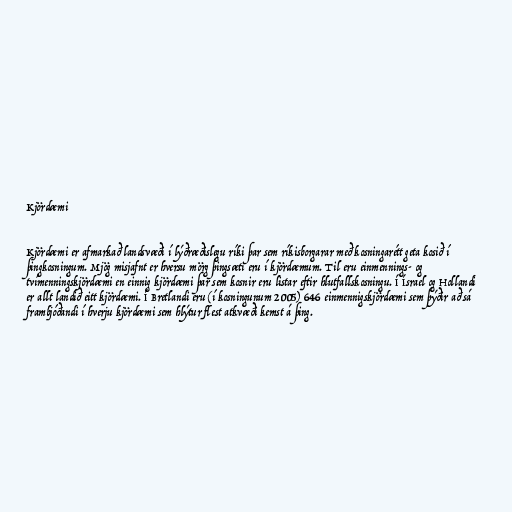
Kjördæmi

Kjördæmi er afmarkað landsvæði í lýðræðislegu ríki þar sem ríkisborgarar með kosningarétt geta kosið í
þingkosningum. Mjög misjafnt er hversu mörg þingsæti eru í kjördæmum. Til eru einmennings- og
tvímenningskjördæmi en einnig kjördæmi þar sem kosnir eru listar eftir hlutfallskosningu. Í Ísrael og Hollandi
er allt landið eitt kjördæmi. Í Bretlandi eru (í kosningunum 2005) 646 einmennigskjördæmi sem þýðir að sá
frambjóðandi í hverju kjördæmi sem hlýtur flest atkvæði kemst á þing.